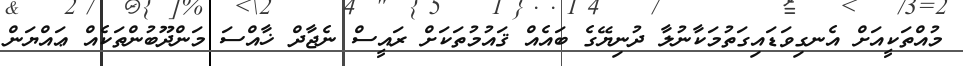
މުއްތަކީއަށް އެނގިވަޑައިގަތުމަކާނުލާ ދުނިޔޭގެ ބައެއް ޤައުމުތަކަށް ރައީސް ނެޖާދް ޚާއްސަ މަންދޫބުންތަކެއް ޢައްޔަން